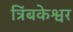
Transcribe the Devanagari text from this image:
त्रिंबकेश्वर